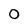
Character: O